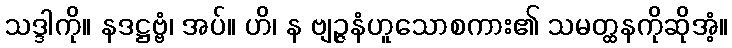
သဒ္ဒါကို။ နဒဋ္ဌဗ္ဗံ၊ အပ်။ ဟိ၊ န ဗျဉ္ဇနံဟူသောစကား၏ သမတ္ထနကိုဆိုအံ့။